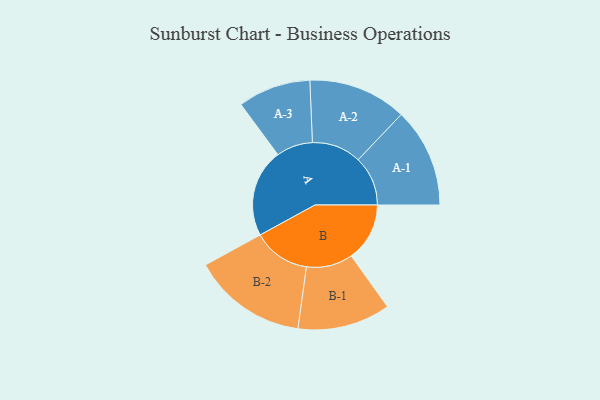
{"axis": {"x": "Segment", "y": "Value"}, "legend": ["", "A", "B"], "data": [{"x": "A", "y": 406, "type": ""}, {"x": "B", "y": 269, "type": ""}, {"x": "A-1", "y": 229, "type": "A"}, {"x": "A-2", "y": 227, "type": "A"}, {"x": "A-3", "y": 168, "type": "A"}, {"x": "B-1", "y": 214, "type": "B"}, {"x": "B-2", "y": 264, "type": "B"}]}